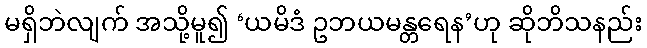
မရှိဘဲလျက် အသို့မူ၍ ‘ယမိဒံ ဥဘယမန္တရေန’ဟု ဆိုဘိသနည်း